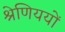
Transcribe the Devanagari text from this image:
श्रेणिययों